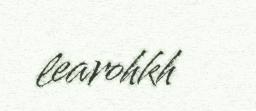
learohkh